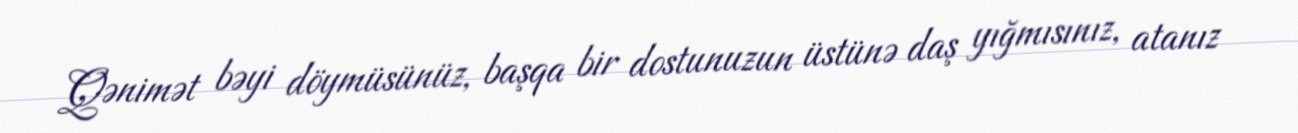
Qənimət bəyi döymüsünüz, başqa bir dostunuzun üstünə daş yığmısınız, atanız